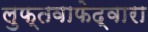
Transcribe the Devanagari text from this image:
लुफ्तवाफेद्वारा